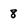
Character: 8